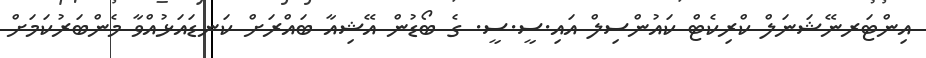
އިންޓަރނޭޝަނަލް ކްރިކެޓް ކައުންސިލް އައި.ސީ.ސީ. ގެ ބޯޑުން އޭޝިއާ ބައްރަށް ކަނޑައަޅުއްވާ މެންބަރުކަމަށް